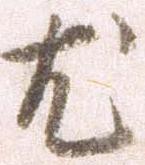
尤